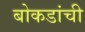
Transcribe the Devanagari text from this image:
बोकडांची